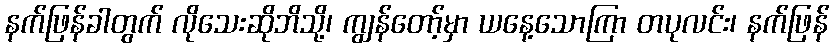
နက်ဖြန်ခါတွက် လိုသေးဆိုဘိသို့၊ ကျွန်တော့်မှာ ယနေ့သောကြာ တပုလင်း၊ နက်ဖြန်